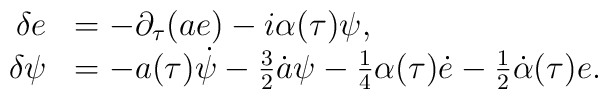
\begin{array}{rl}\delta e& =-\partial_\tau(ae)-{i}\alpha(\tau)\psi,\\\delta\psi&=-a(\tau)\dot\psi-{3\over 2}\dot a \psi-{1\over4}\alpha(\tau)\dot e-{1\over 2}\dot\alpha(\tau)e.\end{array}